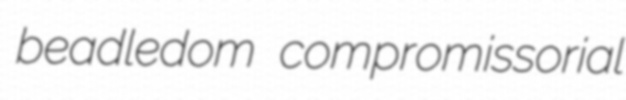
beadledom compromissorial